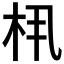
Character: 𬂤